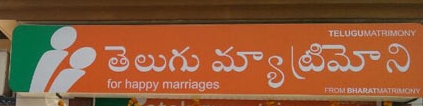
Language: telugu
Transcription: మ్యాట్రిమొని తెలుగు